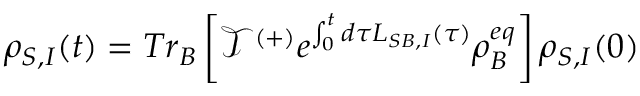
{ { \rho } _ { S , I } } ( t ) = T { { r } _ { B } } \left[ { \mathcal { T } ^ { ( + ) } } { { e } ^ { \int _ { 0 } ^ { t } { d \tau { { L } _ { S B , I } } ( \tau ) } } } \rho _ { B } ^ { e q } \right] { { \rho } _ { S , I } } ( 0 )